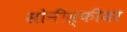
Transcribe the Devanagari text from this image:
सोनीस्फीयर